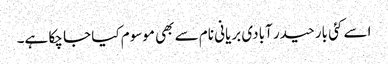
اسے کئی بار حیدر آبادی بریانی نام سے بھی موسوم کیا جا چکا ہے۔